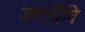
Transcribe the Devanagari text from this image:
जराविवि